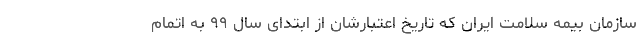
سازمان بیمه سلامت ایران که تاریخ اعتبارشان از ابتدای سال ٩٩ به اتمام